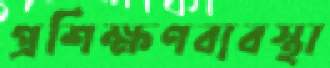
প্রশিক্ষণব্যবস্থা